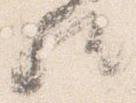
歟